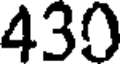
430